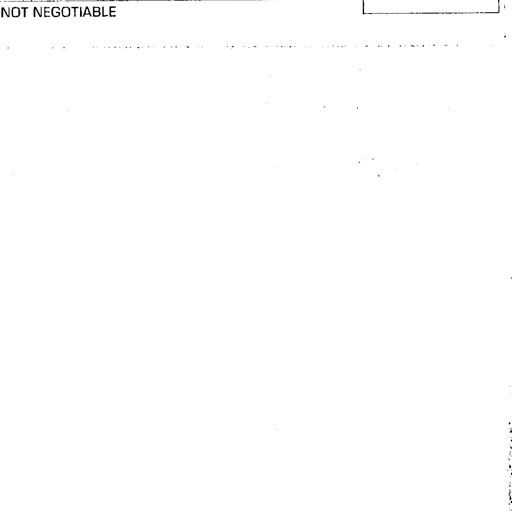
NOT NEGOTIABLE